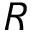
R